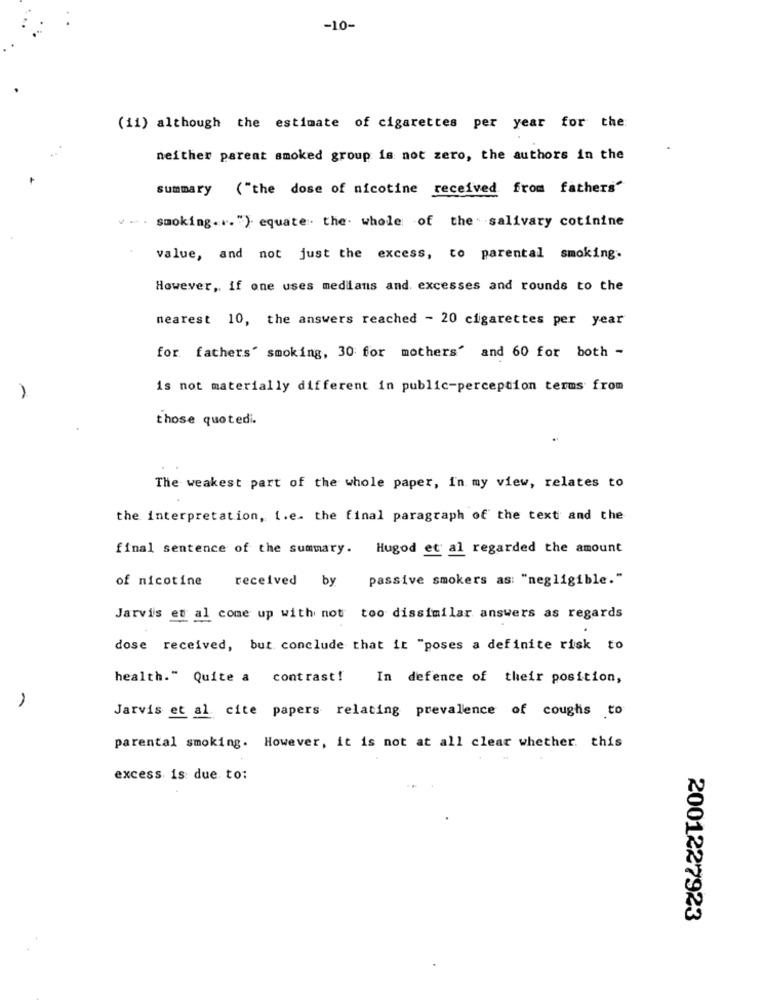
-10-
(11) although the estimate of cigarettes per year for the
neither parent smoked group is not zero, the authors in the
summary ( "the dose of nicotine received from fathers"
.. . smoking ... ") equate the whole of the. salivary cotinine
value, and not just the excess, to parental smoking.
However, if one uses medians and. excesses and rounds to the
nearest 10, the answers reached - 20 cigarettes per year
for fathers' smoking, 30 for mothers' and 60 for both -
is not materially different in public-perception terms from
those quotedi.
The weakest part of the whole paper, In my view, relates to
the interpretation, i.e. the final paragraph of the text and the
final sentence of the summary. Hugod et al regarded the amount
of nicotine
received by passive smokers as: "negligible."
Jarvis et al come up with not too dissimilar answers as regards
dose received, but conclude that it "poses a definite risk to
health." Quite a contrast! In defence of their position,
1
Jarvis et al cite papers relating prevalence of coughs to
parental smoking. However, it is not at all clear whether. this
excess is due to:
2001227923